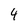
Character: 4